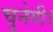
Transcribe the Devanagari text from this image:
चुनेगी।